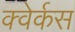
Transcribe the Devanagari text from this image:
क्वेर्कस